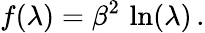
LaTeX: f(\lambda)=\beta^{2}\, \ln(\lambda)\, .